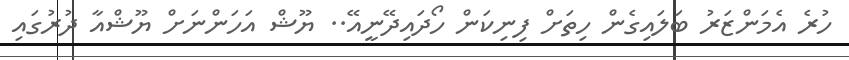
ހުރެ އެމަންޒަރު ބަލައިގެން ހިތަށް ފިނިކަން ހޯދައިދޭނީއޭ.. ޔޫޝް އަހަންނަށް ޔޫޝްއާ ދުރުގައި